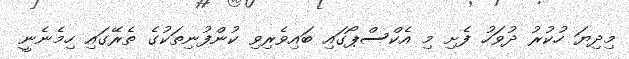
މިދިޔަ ހުކުރު ދުވަހު ފެށި މި އެކްސްޕޯގައި ބައިވެރިވި ކުންފުނިތަކުގެ ތެރޭގައި ހިމެނެނީ